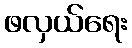
ဖလှယ်ရေး